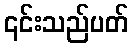
၎င်းသည်ပတ်